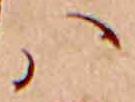
ハ